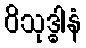
ဝိသုဒ္ဓါနံ